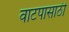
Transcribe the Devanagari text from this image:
वाटपासाठी